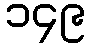
၁၄၉